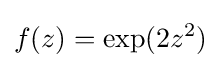
f(z)=\exp(2z^{2})